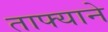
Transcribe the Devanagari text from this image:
ताफ्याने